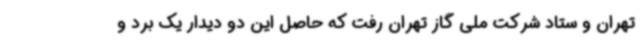
تهران و ستاد شرکت ملی گاز تهران رفت که حاصل این دو دیدار یک برد و